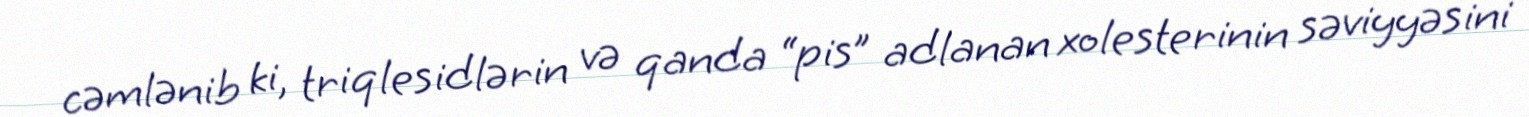
cəmlənib ki, triqlesidlərin və qanda “pis” adlanan xolesterinin səviyyəsini